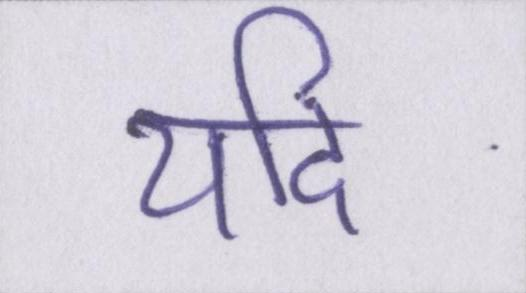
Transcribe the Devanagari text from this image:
यदि